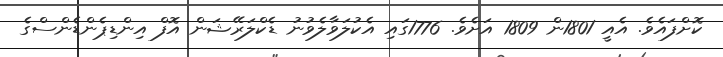
ކޮށްފައެވެ. އެއީ 1801ން 1809 އަށެވެ. 1776ގައި އެކުލަވާލެވުނު ޑެކްލަރޭޝަން އޮފް އިންޑިޕެންޑެންސްގެ